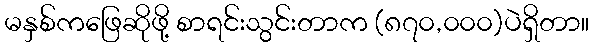
မနှစ်ကဖြေဆိုဖို့ စာရင်းသွင်းတာက (၈၇၀,၀၀၀)ပဲရှိတာ။